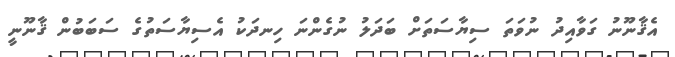
އެޤާނޫނު ގަވާއިދު ނުވަތަ ސިޔާސަތަށް ބަދަލު ނުގެންނަ ހިނދަކު އެސިޔާސަތުގެ ސަބަބުން ޤާނޫނީ